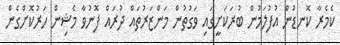
ކެމެރާ ކޮނޑުން އުފުލަމުން ބުރަކަށީގައި ވަގުތުން މަންޒަރުތައް ދުރައް ފޮނުވާ މެޝިން ހަރުކޮށްގެން